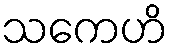
သကေဟိ